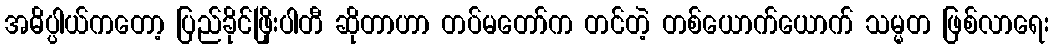
အဓိပ္ပါယ်ကတော့ ပြည်ခိုင်ဖြိုးပါတီ ဆိုတာဟာ တပ်မတော်က တင်တဲ့ တစ်ယောက်ယောက် သမ္မတ ဖြစ်လာရေး